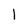
Character: 1